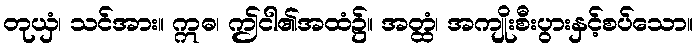
တုယှံ၊ သင်အား။ ဣဓ၊ ဤငါ၏အထံ၌။ အတ္ထံ၊ အကျိုးစီးပွားနှင့်စပ်သော။